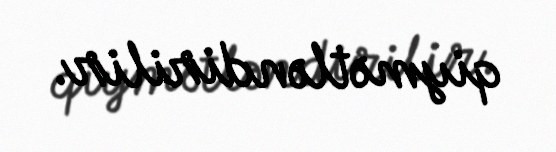
qiymətləndirilir.